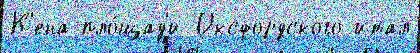
К'ена пло́щад'и Оксфордского итал